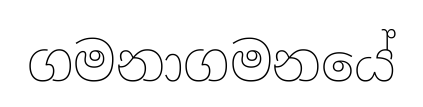
ගමනාගමනයේ